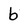
Character: b